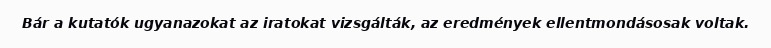
Bár a kutatók ugyanazokat az iratokat vizsgálták, az eredmények ellentmondásosak voltak.